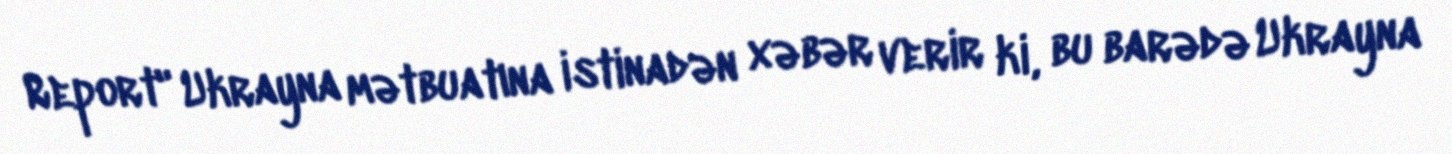
Report" Ukrayna mətbuatına istinadən xəbər verir ki, bu barədə Ukrayna